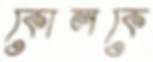
কোলকে